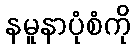
နမူနာပုံစံကို